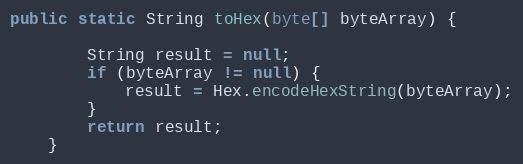
Language: Java
public static String toHex(byte[] byteArray) {

        String result = null;
        if (byteArray != null) {
            result = Hex.encodeHexString(byteArray);
        }
        return result;
    }